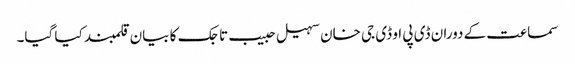
سماعت کے دوران ڈی پی او ڈی جی خان سہیل حبیب تاجک کا بیان قلمبند کیا گیا۔